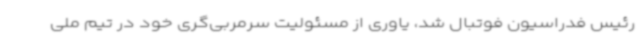
رئیس فدراسیون فوتبال شد، یاوری از مسئولیت سرمربی‌گری خود در تیم ملی